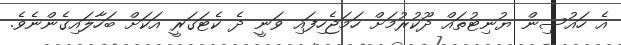
އެ ހައުސިން ޔުނިޓުތައް ދޫކުރުމަށް ހަމަޖެހިފައި ވަނީ ދެ ކެޓަގަރީ އަކަށް ބަހާލައިގެންނެވެ.